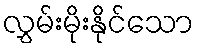
လွှမ်းမိုးနိုင်သော